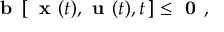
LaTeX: { \textbf { b } } \, [ \, { \textbf { x } } ( t ) , { \textbf { u } } ( t ) , t \, ] \leq { \textbf { 0 } } ,